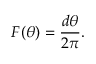
F ( \theta ) = { \frac { d \theta } { 2 \pi } } .